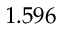
1 . 5 9 6